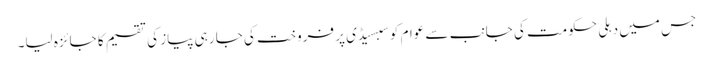
جس میں دہلی حکومت کی جانب سے عوام کو سبسیڈی پر فروخت کی جا رہی پیاز کی تقسیم کا جائزہ لیا۔